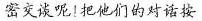
密交谈呢!把他们的对话按